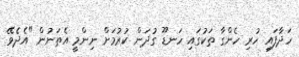
ހަދާފައި ހުރި ހެންގާ ތަކުގައި ހަނޑޫ ގުދަން ކުރުމަށް ނިންމީ އެތަނުން "އެދެވޭ